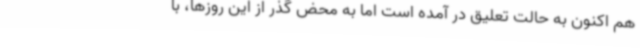
هم‌ اکنون به حالت تعلیق در آمده است اما به محض گذر از این روزها، با